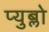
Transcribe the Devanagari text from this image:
प्युब्लो